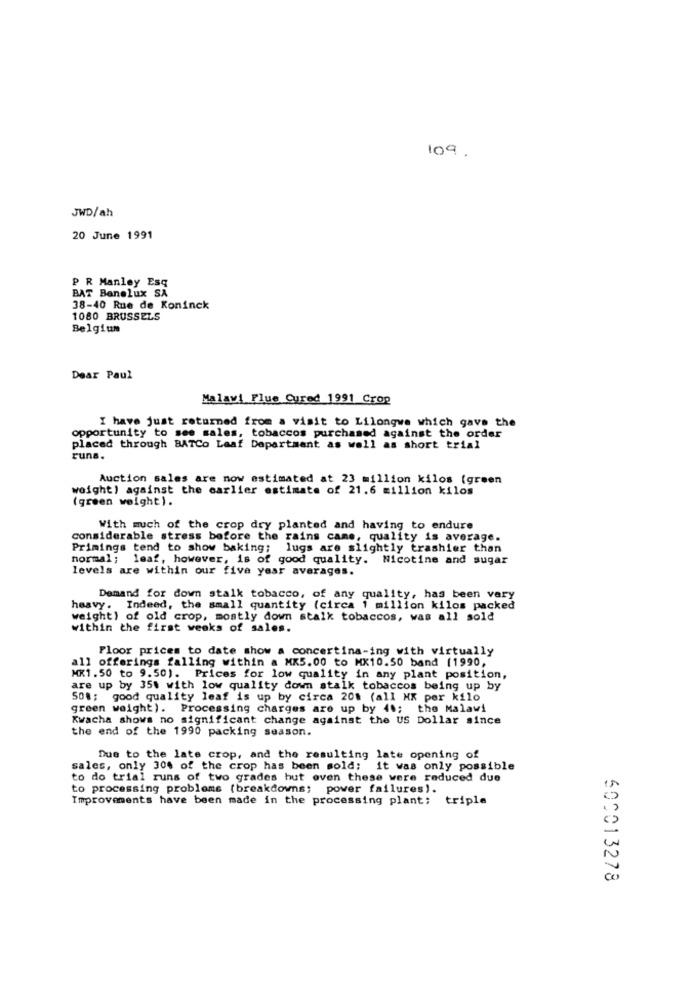
109.
JWD/ah
20 June 1991
P R Manley Esq
BAT Benelux SA
38-40 Rue de Koninck
1080 BRUSSELS
Belgium
Dear Paul
Malawi Flue Cured 1991 Crop
I have just returned from a visit to Lilongwe which gave the
opportunity to see sales, tobaccos purchased against the order
placed through BATCo Laaf Department as well as short trial
runs.
Auction sales are now estimated at 23 million kilos (green
weight) against the carlier estimate of 21.6 million kilos
(green weight).
With much of the crop dry planted and having to endure
considerable stress before the rains came, quality is average.
Primings tend to show baking; lugs are slightly trashier than
normal; leaf, however, is of good quality. Nicotine and sugar
levels are within our five year averages.
Demand for down stalk tobacco, of any quality, has been vary
heavy. Indeed, the small quantity (circa 1 million kilos packed
weight) of old crop, mostly down stalk tobaccos, was all sold
within the first weeks of sales.
Floor prices to date show a concertina-ing with virtually
all offerings falling within a MK5.00 to MX10.50 band (1990,
MK1. 50 to 9.50). Prices for low quality in any plant position,
are up by 35% with low quality down stalk tobaccos being up by
50%; good quality leaf is up by circa 208 (all MX per kilo
green weight). Processing charges are up by 40; the Malawi
Kwacha shows no significant change against the US Dollar since
the end of the 1990 packing season.
Due to the late crop, and the resulting late opening of
sales, only 30% of the crop has been sold; it was only possible
to do trial runs of two grades hut oven these were reduced due
to processing problems (breakdowns; power failures).
Improvements have been made in the processing plant; triple
500013278